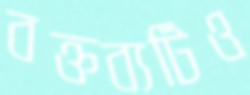
বক্তব্যটিও